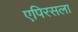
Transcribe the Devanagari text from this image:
एपिरसला